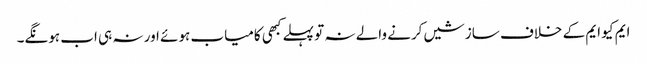
ایم کیو ایم کے خلاف سازشیں کرنے والے نہ تو پہلے کبھی کامیاب ہوئے اور نہ ہی اب ہونگے۔